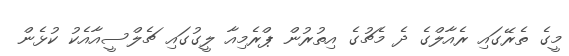
މީގެ ތެރޭގައި ރެއާލްގެ ދެ މެޗުގެ އިތުރުން ޕްރެމިއާ ލީގުގައި ޗެލްސީއާއެކު ކުޅެން